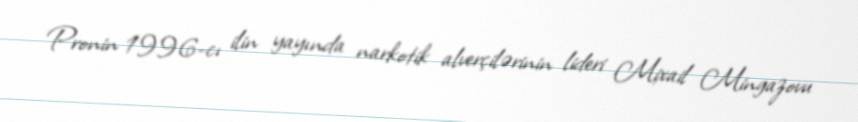
Pronin 1996-cı ilin yayında narkotik alverçilərinin lideri Mixail Mingazovu